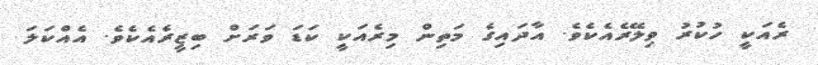
ރެއަކީ ހުކުރު ވިލޭރެއެކެވެ. އާދައިގެ މަތިން މިރެއަކީ ކަޑަ ވަރަށް ބިޒީރެއެކެވެ. އެއްކަލަ